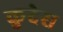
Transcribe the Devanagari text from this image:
कुदेस